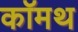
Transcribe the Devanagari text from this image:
कॉमथ